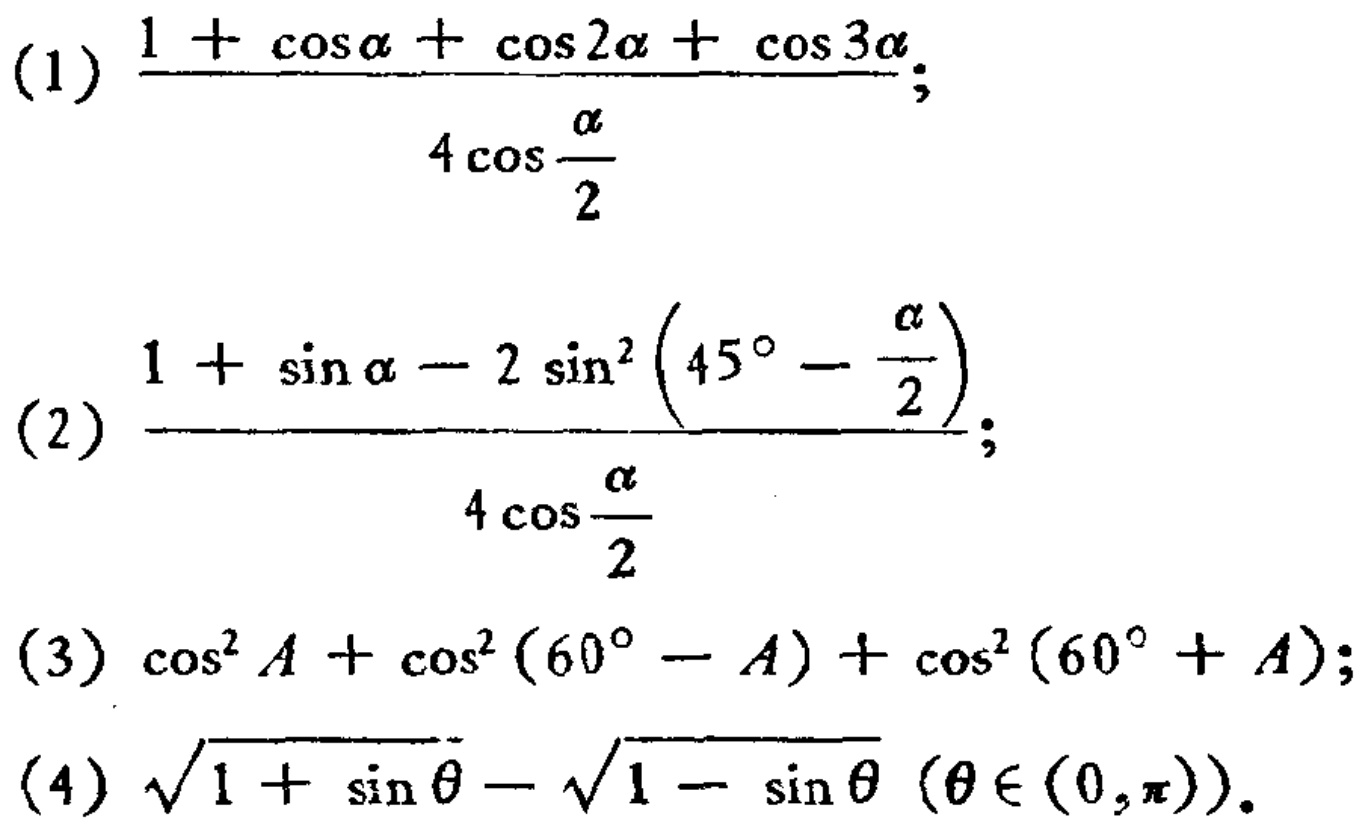
(1) \(\frac{1 + \cos\alpha+\cos2\alpha+\cos3\alpha}{4\cos\frac{\alpha}{2}}\);

(2) \(\frac{1 + \sin\alpha-2\sin^{2}(45^{\circ}-\frac{\alpha}{2})}{4\cos\frac{\alpha}{2}}\);

(3) \(\cos^{2}A+\cos^{2}(60^{\circ}-A)+\cos^{2}(60^{\circ}+A)\);

(4) \(\sqrt{1 + \sin\theta}-\sqrt{1 - \sin\theta}\ (\theta\in(0,\pi))\)